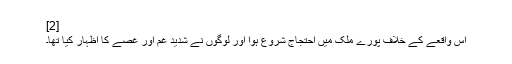
[2]
اس واقعے کے خلاف پورے ملک میں احتجاج شروع ہوا اور لوگوں نے شدید غم اور غصے کا اظہار کیا تھا۔